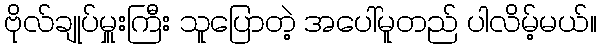
ဗိုလ်ချုပ်မှူးကြီး သူပြောတဲ့ အပေါ်မူတည် ပါလိမ့်မယ်။